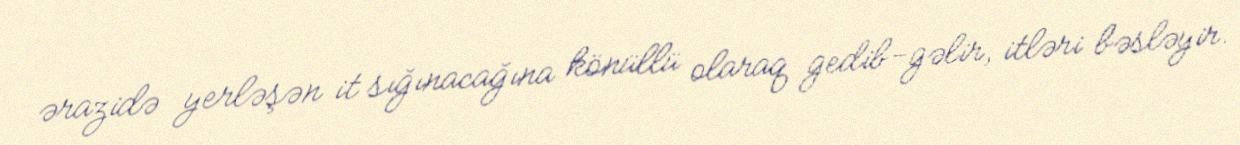
ərazidə yerləşən it sığınacağına könüllü olaraq gedib-gəlir, itləri bəsləyir.